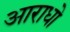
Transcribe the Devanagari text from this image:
आराधो